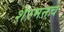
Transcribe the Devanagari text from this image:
शेरमनचे